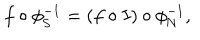
f \circ \phi _ { \mathrm { S } } ^ { - 1 } = ( f \circ I ) \circ \phi _ { \mathrm { N } } ^ { - 1 } ,